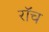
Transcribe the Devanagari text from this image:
रॉच